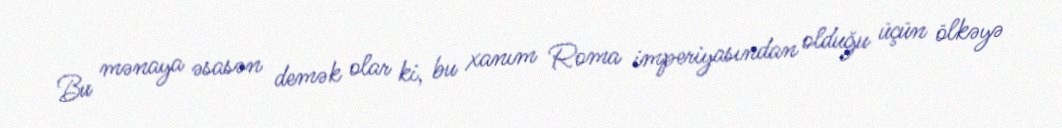
Bu mənaya əsasən demək olar ki, bu xanım Roma imperiyasından olduğu üçün ölkəyə